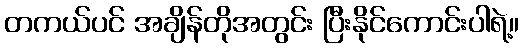
တကယ်ပင် အချိန်တိုအတွင်း ပြီးနိုင်ကောင်းပါရဲ့။